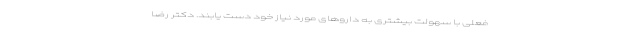
فعلی با سهولت بیشتری به داروهای مورد نیاز خود دست یابند. دکتر رضا